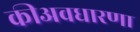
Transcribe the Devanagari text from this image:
कीअवधारणा